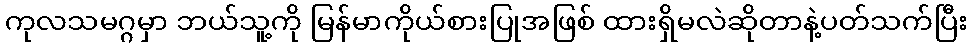
ကုလသမဂ္ဂမှာ ဘယ်သူ့ကို မြန်မာကိုယ်စားပြုအဖြစ် ထားရှိမလဲဆိုတာနဲ့ပတ်သက်ပြီး